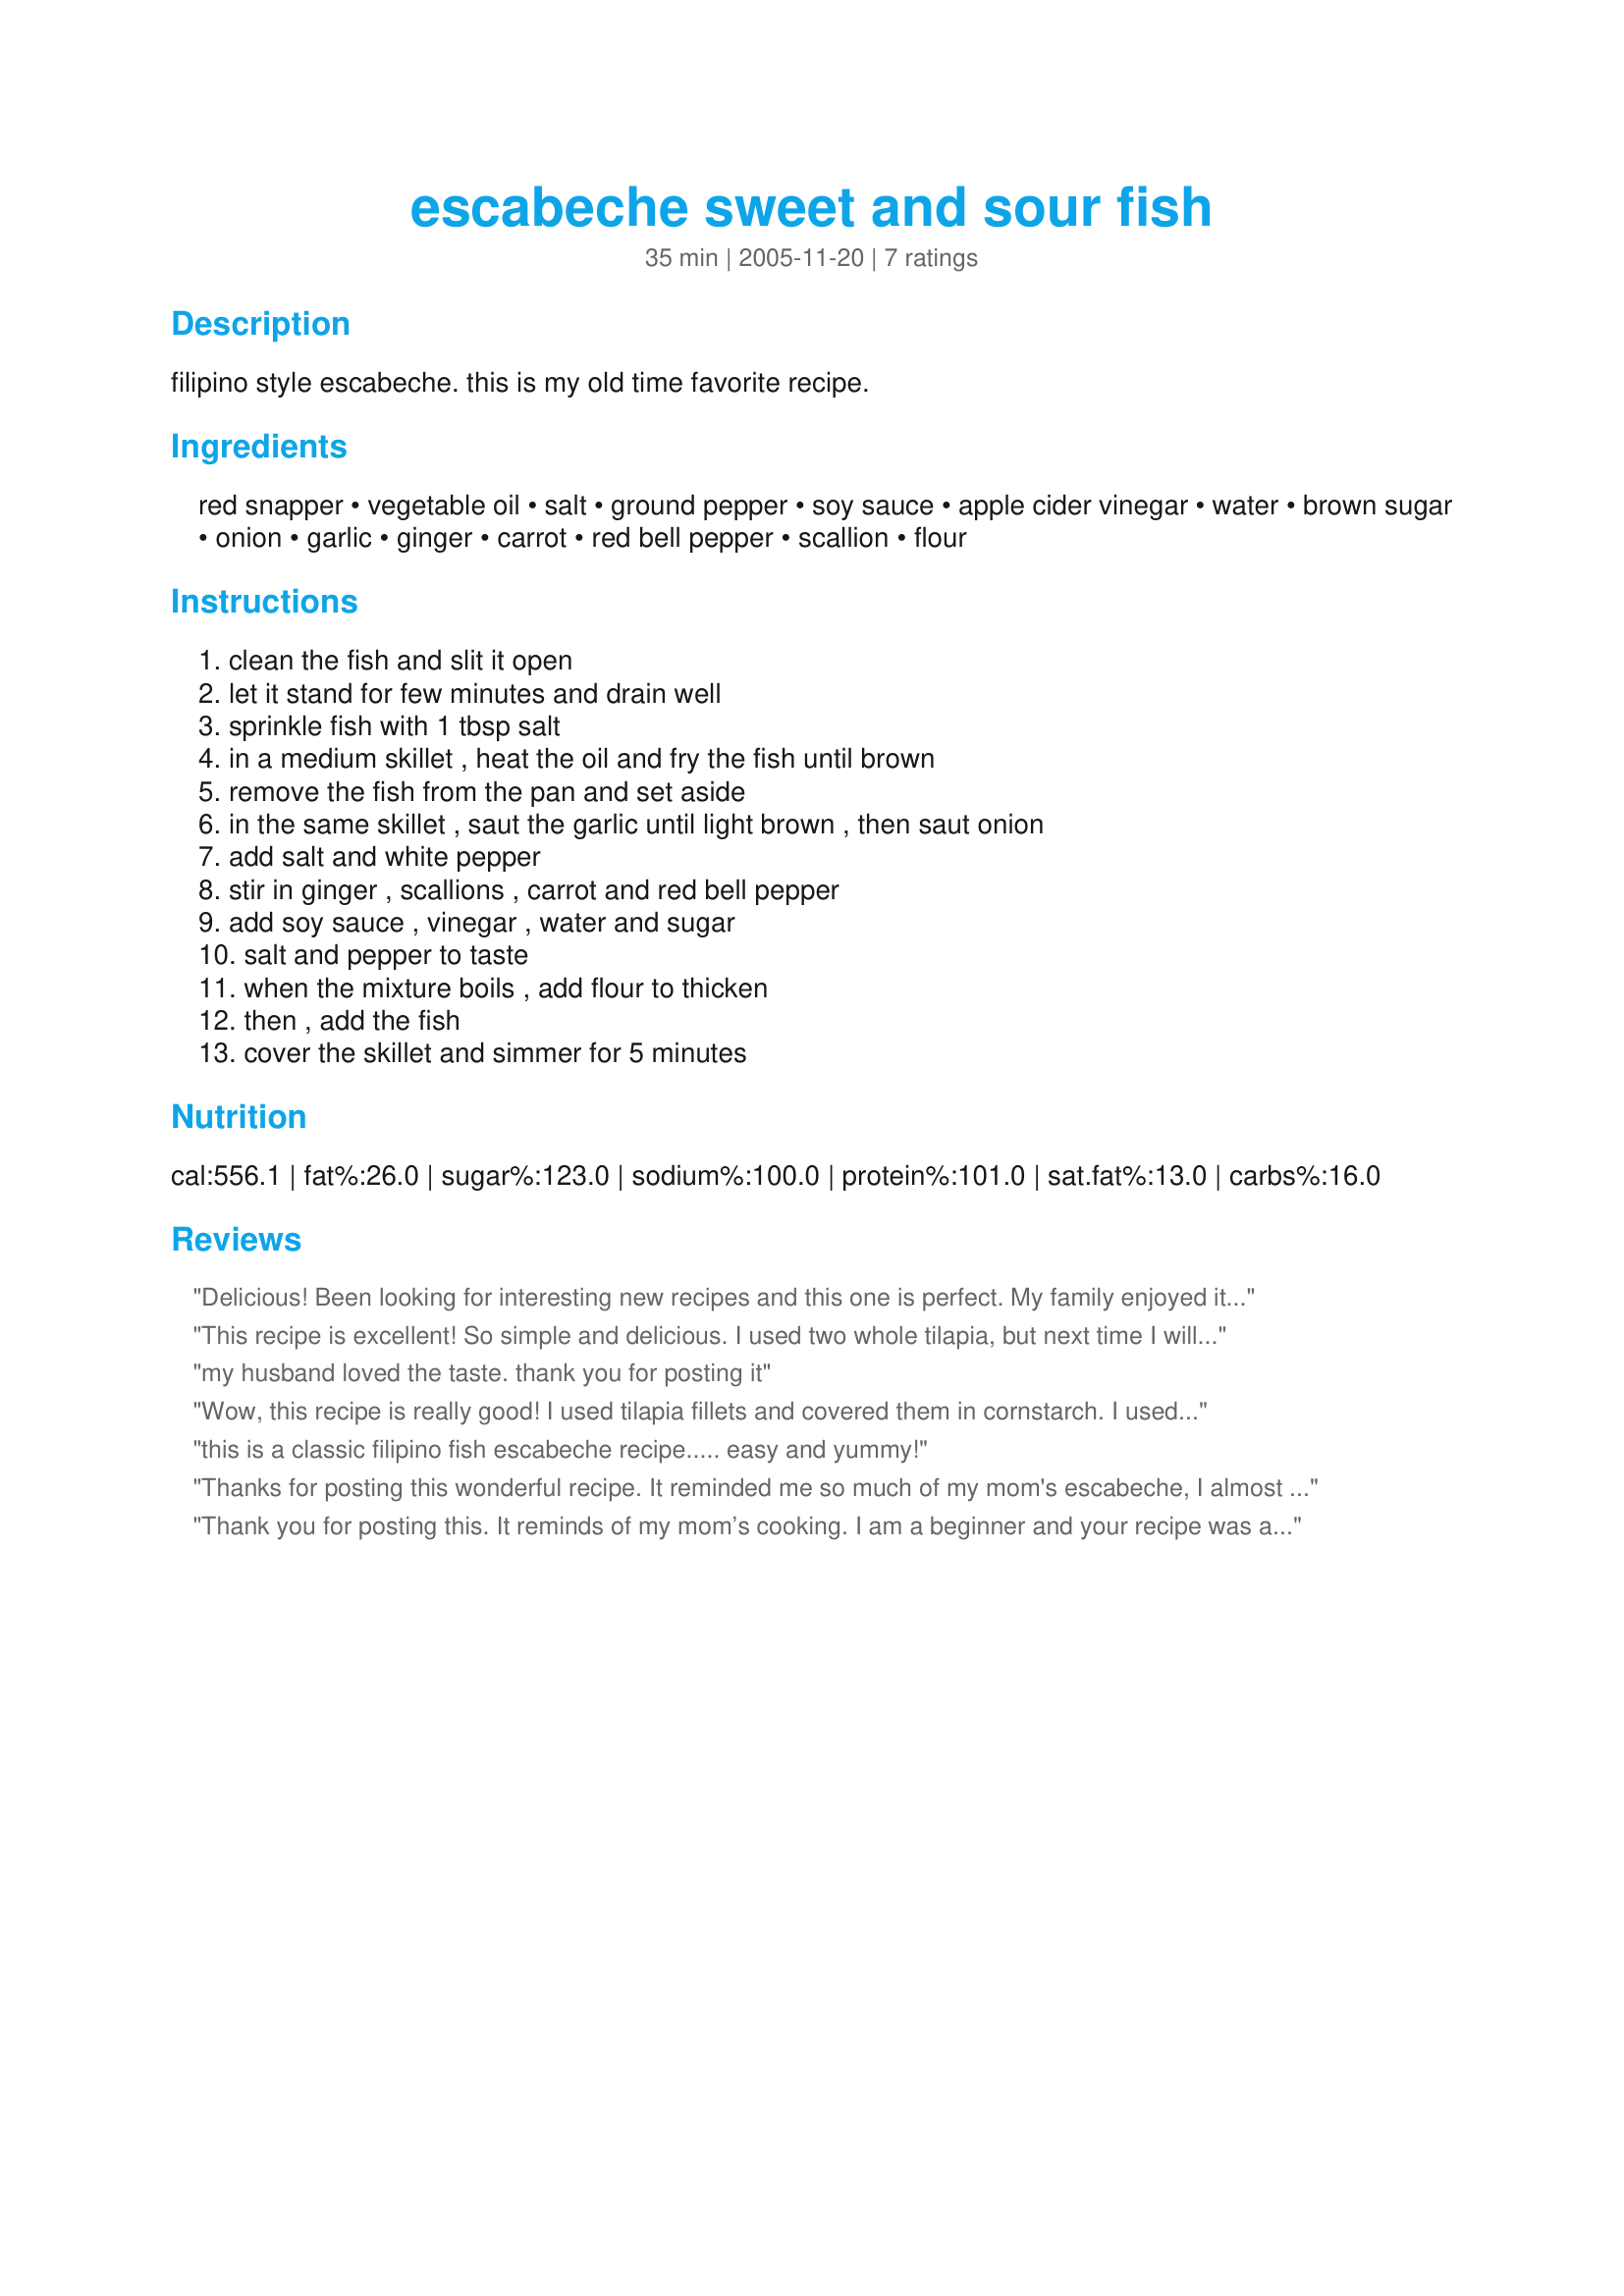
escabeche sweet and sour fish
Preparation time: 35 minutes

filipino style escabeche. this is my old time favorite recipe.

Ingredients:
red snapper, vegetable oil, salt, ground pepper, soy sauce, apple cider vinegar, water, brown sugar, onion, garlic, ginger, carrot, red bell pepper, scallion, flour

Steps:
clean the fish and slit it open, let it stand for few minutes and drain well, sprinkle fish with 1 tbsp salt, in a medium skillet , heat the oil and fry the fish until brown, remove the fish from the pan and set aside, in the same skillet , saut the garlic until light brown , then saut onion, add salt and white pepper, stir in ginger , scallions , carrot and red bell pepper, add soy sauce , vinegar , water and sugar, salt and pepper to taste, when the mixture boils , add flour to thicken, then , add the fish, cover the skillet and simmer for 5 minutes

Reviews:
Delicious! Been looking for interesting new recipes and this one is perfect. My family enjoyed it as well!
This recipe is excellent! So simple and delicious. I used two whole tilapia, but next time I will use tilapia filets to make it easier. This reminded me of the Philippines!
my husband loved the taste. thank you for posting it
Wow, this recipe is really good! I used tilapia fillets and covered them in cornstarch. I used Splenda instead of brown sugar. I did not have bell peppers. Even with these changes, the sauce was terrific. It was so good, I finished the fish and saved the sauce. <br/><br/>Thanks for posting the recipe and for those who rated it.
this is a classic filipino fish escabeche recipe..... easy and yummy!
Thanks for posting this wonderful recipe. It reminded me so much of my mom's escabeche, I almost cried. This will stay in my cookbook forever. Maraming salamat!
Thank you for posting this. It reminds of my mom’s cooking. I am a beginner and your recipe was a breeze to follow. Hope my hubby and the kids will like it too.
